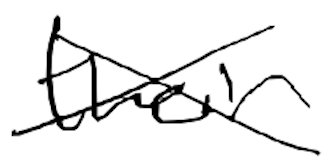
Text: their
Cross-out: cross
Writing tool: digital_black